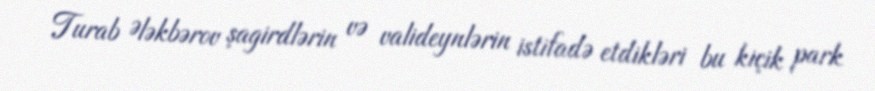
Turab Ələkbərov şagirdlərin və valideynlərin istifadə etdikləri bu kiçik park